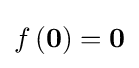
f\left(\mathbf {0} \right)=\mathbf {0}